Indian journal of veterinary science and animal husbandry - Volumes 22-23, 1952-1953
Year: 1952
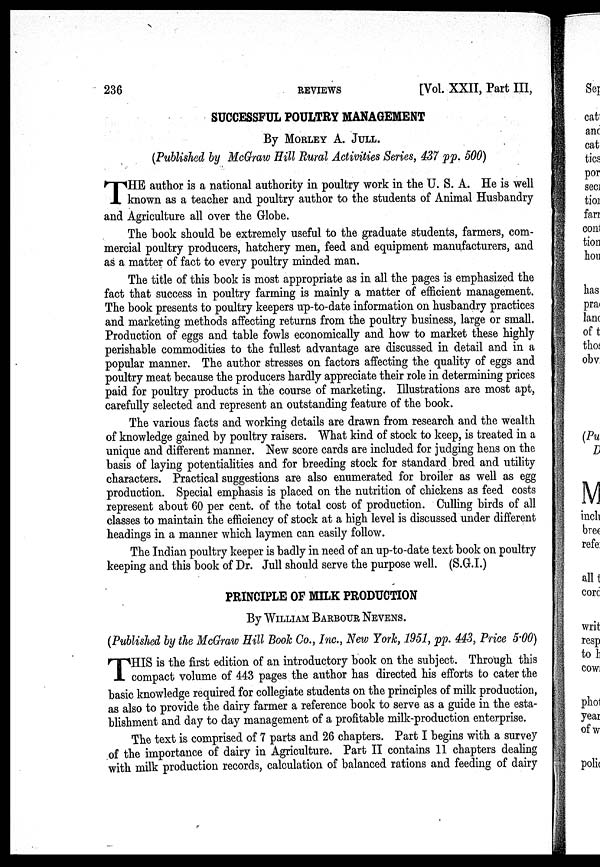
236
REVIEWS
[Vol. XXII, Part III,
SUCCESSFUL POULTRY MANAGEMENT
By MORLEY A. JULL.
(Published by McGraw Hill Rural Activities Series, 437 pp. 500)
T HE author is a national authority in poultry work in the U. S. A. He is well
known as a teacher and poultry author to the students of Animal Husbandry
and Agriculture all over the Globe.
The book should be extremely useful to the graduate students, farmers, com-
mercial poultry producers, hatchery men, feed and equipment manufacturers, and
as a matter of fact to every poultry minded man.
The title of this book is most appropriate as in all the pages is emphasized the
fact that success in poultry farming is mainly a matter of efficient management.
The book presents to poultry keepers up-to-date information on husbandry practices
and marketing methods affecting returns from the poultry business, large or small.
Production of eggs and table fowls economically and how to market these highly
perishable commodities to the fullest advantage are discussed in detail and in a
popular manner. The author stresses on factors affecting the quality of eggs and
poultry meat because the producers hardly appreciate their role in determining prices
paid for poultry products in the course of marketing. Illustrations are most apt,
carefully selected and represent an outstanding feature of the book.
The various facts and working details are drawn from research and the wealth
of knowledge gained by poultry raisers. What kind of stock to keep, is treated in a
unique and different manner. New score cards are included for judging hens on the
basis of laying potentialities and for breeding stock for standard bred and utility
characters. Practical suggestions are also enumerated for broiler as well as egg
production. Special emphasis is placed on the nutrition of chickens as feed costs
represent about 60 per cent. of the total cost of production. Culling birds of all
classes to maintain the efficiency of stock at a high level is discussed under different
headings in a manner which laymen can easily follow.
The Indian poultry keeper is badly in need of an up-to-date text book on poultry
keeping and this book of Dr. Jull should serve the purpose well. (S.G.I.)
PRINCIPLE OF MILK PRODUCTION
By WILLIAM BARBOUR NEVENS.
(Published by the McGraw Hill Book Co., Inc., New York, 1951, pp. 443, Price 5.00)
T HIS is the first edition of an introductory book on the subject. Through this
compact volume of 443 pages the author has directed his efforts to cater the
basic knowledge required for collegiate students on the principles of milk production,
as also to provide the dairy farmer a reference book to serve as a guide in the esta-
blishment and day to day management of a profitable milk-production enterprise.
The text is comprised of 7 parts and 26 chapters. Part I begins with a survey
of the importance of dairy in Agriculture. Part II contains 11 chapters dealing
with milk production records, calculation of balanced rations and feeding of dairy